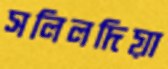
সলিলদিয়া